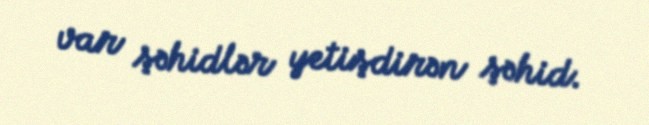
var şəhidlər yetişdirən şəhid.